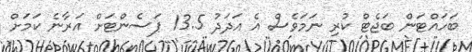
ބަހައްޓަން ބަޖެޓް ކުރި ނަމަވެސް އެ އަދަދު 13.5 ޕަސެންޓަށް އަރާނެ ކަމަށް